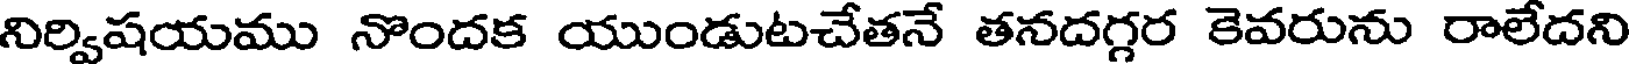
నిర్విషయము నొందక యుండుటచేతనే తనదగ్గర కెవరును రాలేదని